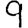
Digit: 9